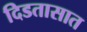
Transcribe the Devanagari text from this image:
दिडतासात